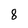
Character: 8